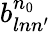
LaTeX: b_{lnn^{\prime}}^{n_{0}}